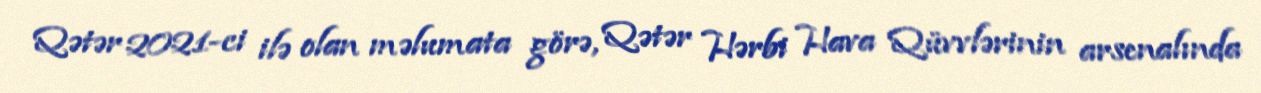
Qətər 2021-ci ilə olan məlumata görə, Qətər Hərbi Hava Qüvvlərinin arsenalında